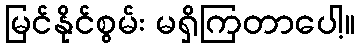
မြင်နိုင်စွမ်း မရှိကြတာပေါ့။